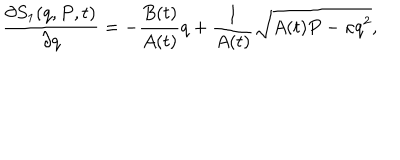
\frac { \partial S _ { 1 } ( q , P , t ) } { \partial q } = - \frac { B ( t ) } { A ( t ) } q + \frac { 1 } { A ( t ) } \sqrt { A ( t ) P - \kappa q ^ { 2 } } ,